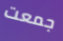
جمعت